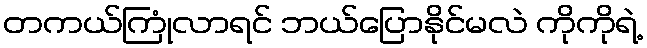
တကယ်ကြုံလာရင် ဘယ်ပြောနိုင်မလဲ ကိုကိုရဲ့